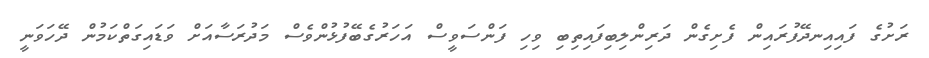
ރަށުގެ ފައިއިނދޭފުރައިން ފެށިގެން ދަރިންލިބިފައިތިބި ވިހި ފަންސަވީސް އަހަރުގެބޭފުޅުންވެސް މަދުރަސާއަށް ވަޑައިގަތްކަމުން ދޭހަވަނީ